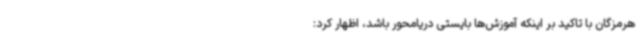
هرمزگان با تاکید بر اینکه آموزش‌ها بایستی دریامحور باشد، اظهار کرد: